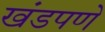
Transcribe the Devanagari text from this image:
खंडपणे